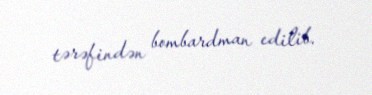
tərəfindən bombardman edilib.